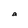
Character: a